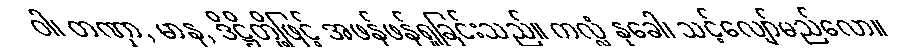
ဝါ၊ တဏှာ, မာန, ဒိဋ္ဌိတို့ဖြင့် အဖန်ဖန်ရှုခြင်းသည်။ ကလ္လံ နုခေါ၊ သင့်လျော်မည်လော။